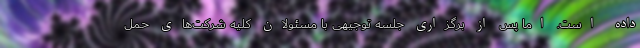
داده است. اما پس از برگزاری جلسه توجیهی با مسئولان کلیه شرکت‌های حمل